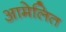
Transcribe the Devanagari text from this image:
आमेलित